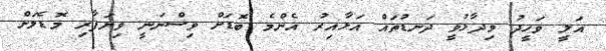
އަލީ ވަހީދު ވިދާޅުވީ ދަނޑުތައް އަޅާއިރު އެންމެ ބޮޑަށް ވިސްނަނީ ވިޔަފާރި މޮޑެލަށް